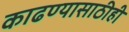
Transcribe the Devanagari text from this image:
काढण्यासाठीही